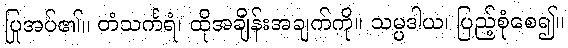
ပြုအပ်၏။ တံသင်္ကရံ၊ ထိုအချိန်းအချက်ကို။ သမ္ပဒါယ၊ ပြည့်စုံစေ၍။